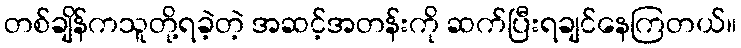
တစ်ချိန်ကသူတို့ရခဲ့တဲ့ အဆင့်အတန်းကို ဆက်ပြီးရချင်နေကြတယ်။